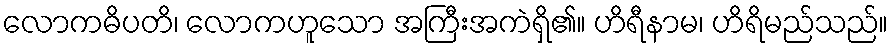
လောကဓိပတိ၊ လောကဟူသော အကြီးအကဲရှိ၏။ ဟိရီနာမ၊ ဟိရိမည်သည်။